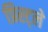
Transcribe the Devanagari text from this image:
प्रिस्ट्ले